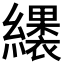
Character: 𮉑